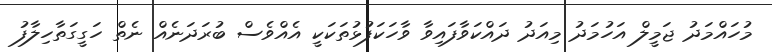
މުހައްމަދު ޖަމީލް އަހުމަދު މިއަދު ދައްކަވާފައިވާ ވާހަކަފުޅުތަކަކީ އެއްވެސް ބުރަދަނެއް ނެތް ހަގީގަތާހިލާފު